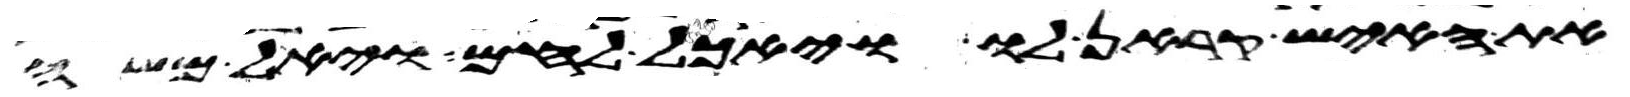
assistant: את האיש קראן לו ויאכל לחם ויאל משה